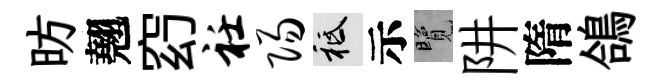
昉翹𥥆衽阳祇示覽阱隋鴿